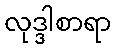
လုဒ္ဒါစာရာ